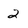
Character: 2